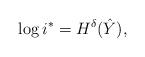
LaTeX: \begin{align*}\log i^* = H^{\delta}(\hat{Y}), \end{align*}